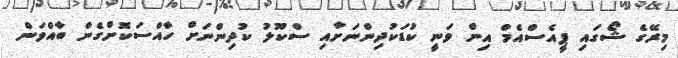
މިރޭގެ ޝޯގައި ޕީއެސްއެމް އިން ވަނީ ކުޑަކުދިންނަށާއި ސްކޫލު ކުދިންނަށް ހާއްސަކޮށްގެން ބާއްވަން